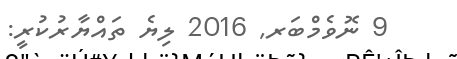
9 ނޮވެމްބަރ